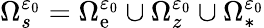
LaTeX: \Omega_{s}^{\varepsilon_{0}}=\Omega_{\mathrm{e}}^{\varepsilon_{0}}\cup\Omega_{z}^{\varepsilon_{0}}\cup\Omega_{*}^{\varepsilon_{0}}